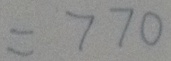
= 7 7 0